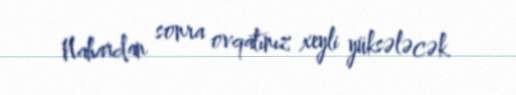
Nahardan sonra ovqatınız xeyli yüksələcək.